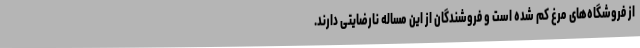
از فروشگاه‌های مرغ کم شده است و فروشندگان از این مساله نارضایتی دارند.